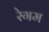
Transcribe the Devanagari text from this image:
रेगम